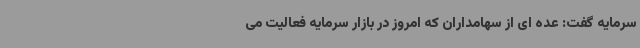
سرمایه گفت: عده ای از سهامداران که امروز در بازار سرمایه فعالیت می